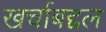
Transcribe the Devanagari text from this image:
खर्चाबद्दल